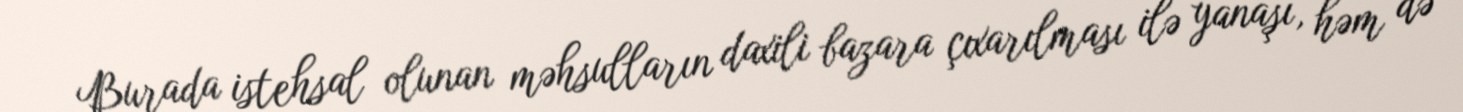
Burada istehsal olunan məhsulların daxili bazara çıxarılması ilə yanaşı, həm də